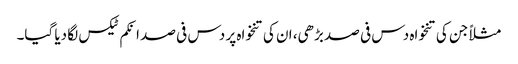
مثلاً جن کی تنخواہ دس فی صد بڑھی، ان کی تنخواہ پر دس فی صد انکم ٹیکس لگا دیا گیا۔